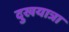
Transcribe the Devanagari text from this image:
दुखयात्रा